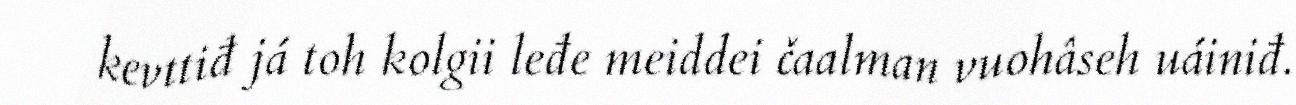
kevttiđ já toh kolgii leđe meiddei čaalman vuohâseh uáiniđ.